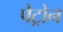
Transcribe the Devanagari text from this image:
पेट्रोन